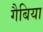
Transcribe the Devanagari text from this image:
गैबिया